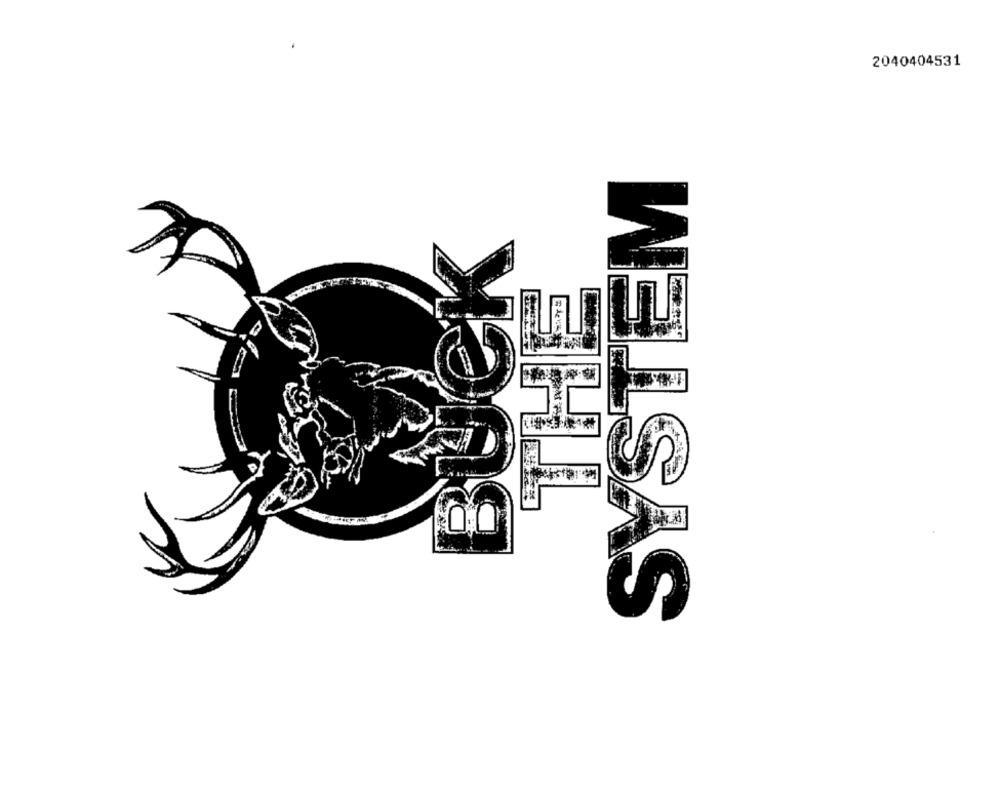
2040404531
SYSTEM
BUCK